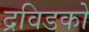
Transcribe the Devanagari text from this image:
द्रविडको